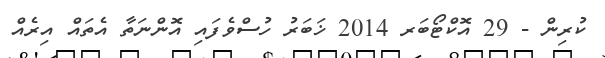
ކުރިން - 29 އޮކްޓޯބަރ 2014 ޚަބަރު ހުސްވެފައި އޮންނަތާ އެތައް އިރެއް